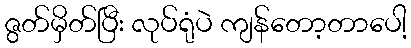
ဇွတ်မှိတ်ပြီး လုပ်ရုံပဲ ကျန်တော့တာပေါ့